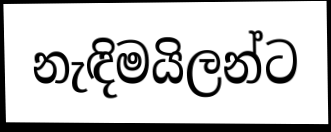
නැඳිමයිලන්ට